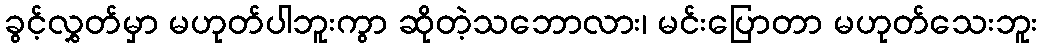
ခွင့်လွှတ်မှာ မဟုတ်ပါဘူးကွာ ဆိုတဲ့သဘောလား၊ မင်းပြောတာ မဟုတ်သေးဘူး